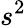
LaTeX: s^{2}